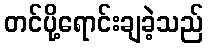
တင်ပို့ရောင်းချခဲ့သည်